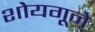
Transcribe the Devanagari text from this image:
शोयगूने